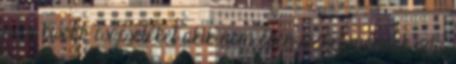
nem kisebb csőcseléket akik nem épen azért mennek oda